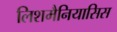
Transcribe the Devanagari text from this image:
लिशमैनियासिस